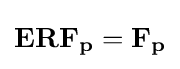
\mathbf {ERF_{p}} =\mathbf {F_{p}}